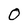
Character: O